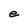
Character: e